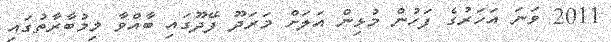
2011 ވަނަ އަހަރުގެ ފަހުން މުޅިން އަލަށް މަރަދޫ ފޭދޫގައި ބާއްވާ މިމުބާރާތުގައި